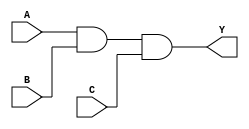
module three_input_AND_gate (
   input A,
   input B,
   input C,
   output Y
);

  assign Y = A & B & C;

endmodule